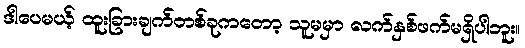
ဒါပေမယ့် ထူးခြားချက်တစ်ခုကတော့ သူမမှာ လက်နှစ်ဖက်မရှိပါဘူး။